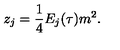
z _ { j } = { \frac { 1 } { 4 } } E _ { j } ( \tau ) m ^ { 2 } .